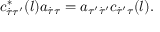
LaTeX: c _ { \dot { \tau } \tau ^ { \prime } } ^ { * } ( l ) a _ { \dot { \tau } \tau } = a _ { \tau ^ { \prime } \dot { \tau } ^ { \prime } } c _ { \dot { \tau } ^ { \prime } \tau } ( l ) .